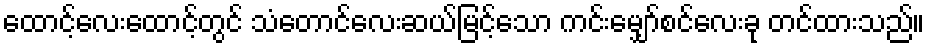
ထောင့်လေးထောင့်တွင် သံတောင်လေးဆယ်မြင့်သော ကင်းမျှော်စင်လေးခု တင်ထားသည်။